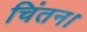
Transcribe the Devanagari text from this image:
चिंतन।